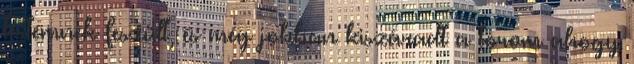
testemnek feszült, és még jobban kiszáradt a torom ahogy